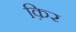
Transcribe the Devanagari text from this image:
क़िर